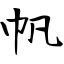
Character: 帆